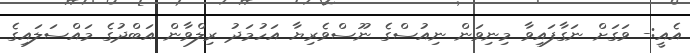
އެއީ:- ވަގަށް ނަގާފައިވާ މިނިވަން ނިއުސްގެ ނޫސްވެރިޔާ އަހުމަދު ރިލްވާން އަބްދުގެ މައްސަލައިގެ